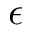
\epsilon